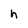
Character: h